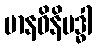
မာနဝိနိဗဒ္ဓါ